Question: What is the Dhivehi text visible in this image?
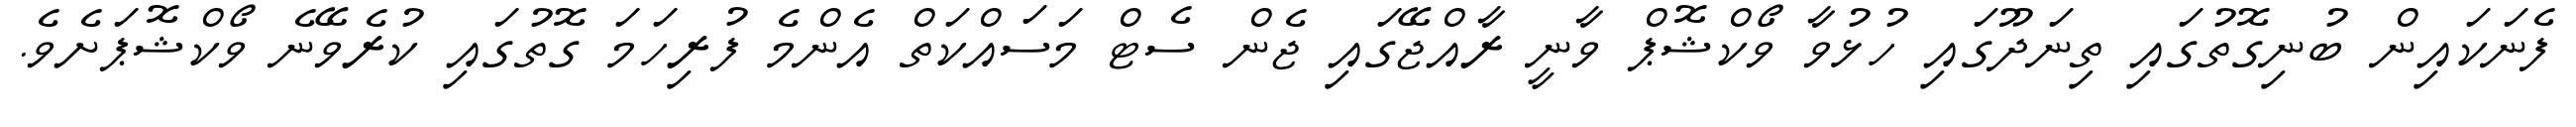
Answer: ފެނަކައިން ބުނިގޮތުގައި ތިނަދޫގައި ހުޅުވާ ވޯކްޝޮޕް ވާނީ ރާއްޖޭގައި ޖެން ސެޓް މަސައްކަތް އެންމެ ފުރިހަމަ ގޮތުގައި ކުރެވޭނެ ވޯކްޝޮޕަށެވެ.